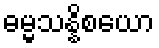
ဓမ္မသန္နိစယော